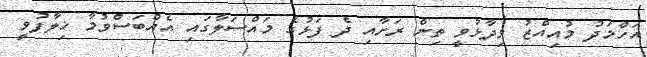
އަހްމަދު މުއިއްޒު ވިދާޅުވީ ތިން ރަށާއި ދެ ފަޅުގެ މައްސަލާގައި އެއްބަސްވުމާ ޚިލާފުވީ